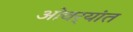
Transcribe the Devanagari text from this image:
ओवर्‍यांत